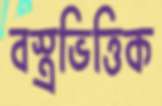
বস্ত্রভিত্তিক